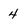
Character: 4